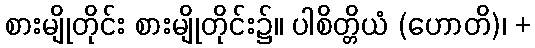
စားမျိုတိုင်း စားမျိုတိုင်း၌။ ပါစိတ္တိယံ (ဟောတိ)၊ +